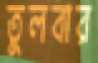
তুলবার